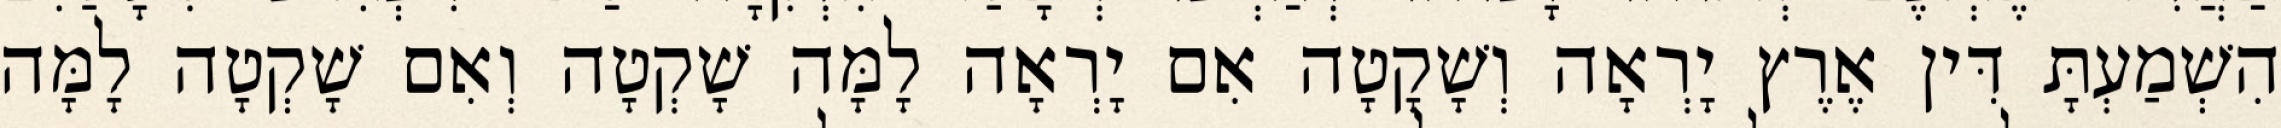
הִשְׁמַעְתָּ דִּין אֶרֶץ יָרְאָה וְשָׁקָטָה אִם יָרְאָה לָמָּה שָׁקְטָה וְאִם שָׁקְטָה לָמָּה